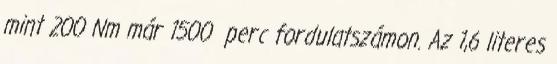
mint 200 Nm már 1500 perc fordulatszámon. Az 1,6 literes